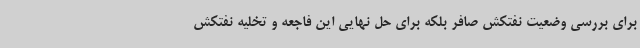
برای بررسی وضعیت نفتکش صافر بلکه برای حل نهایی این فاجعه و تخلیه نفتکش